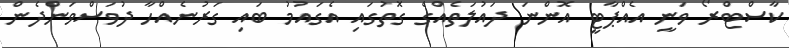
ކާސްޓްރޯ ވަނީ އެއްޕާޓީ އޮންނަ ދައުލަތެއްގެ ގޮތުގައި އެގައުމު ބައި ގަރުނެއްހާ ދުވަސްވަންދެން